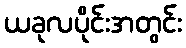
ယခုလပိုင်းအတွင်း